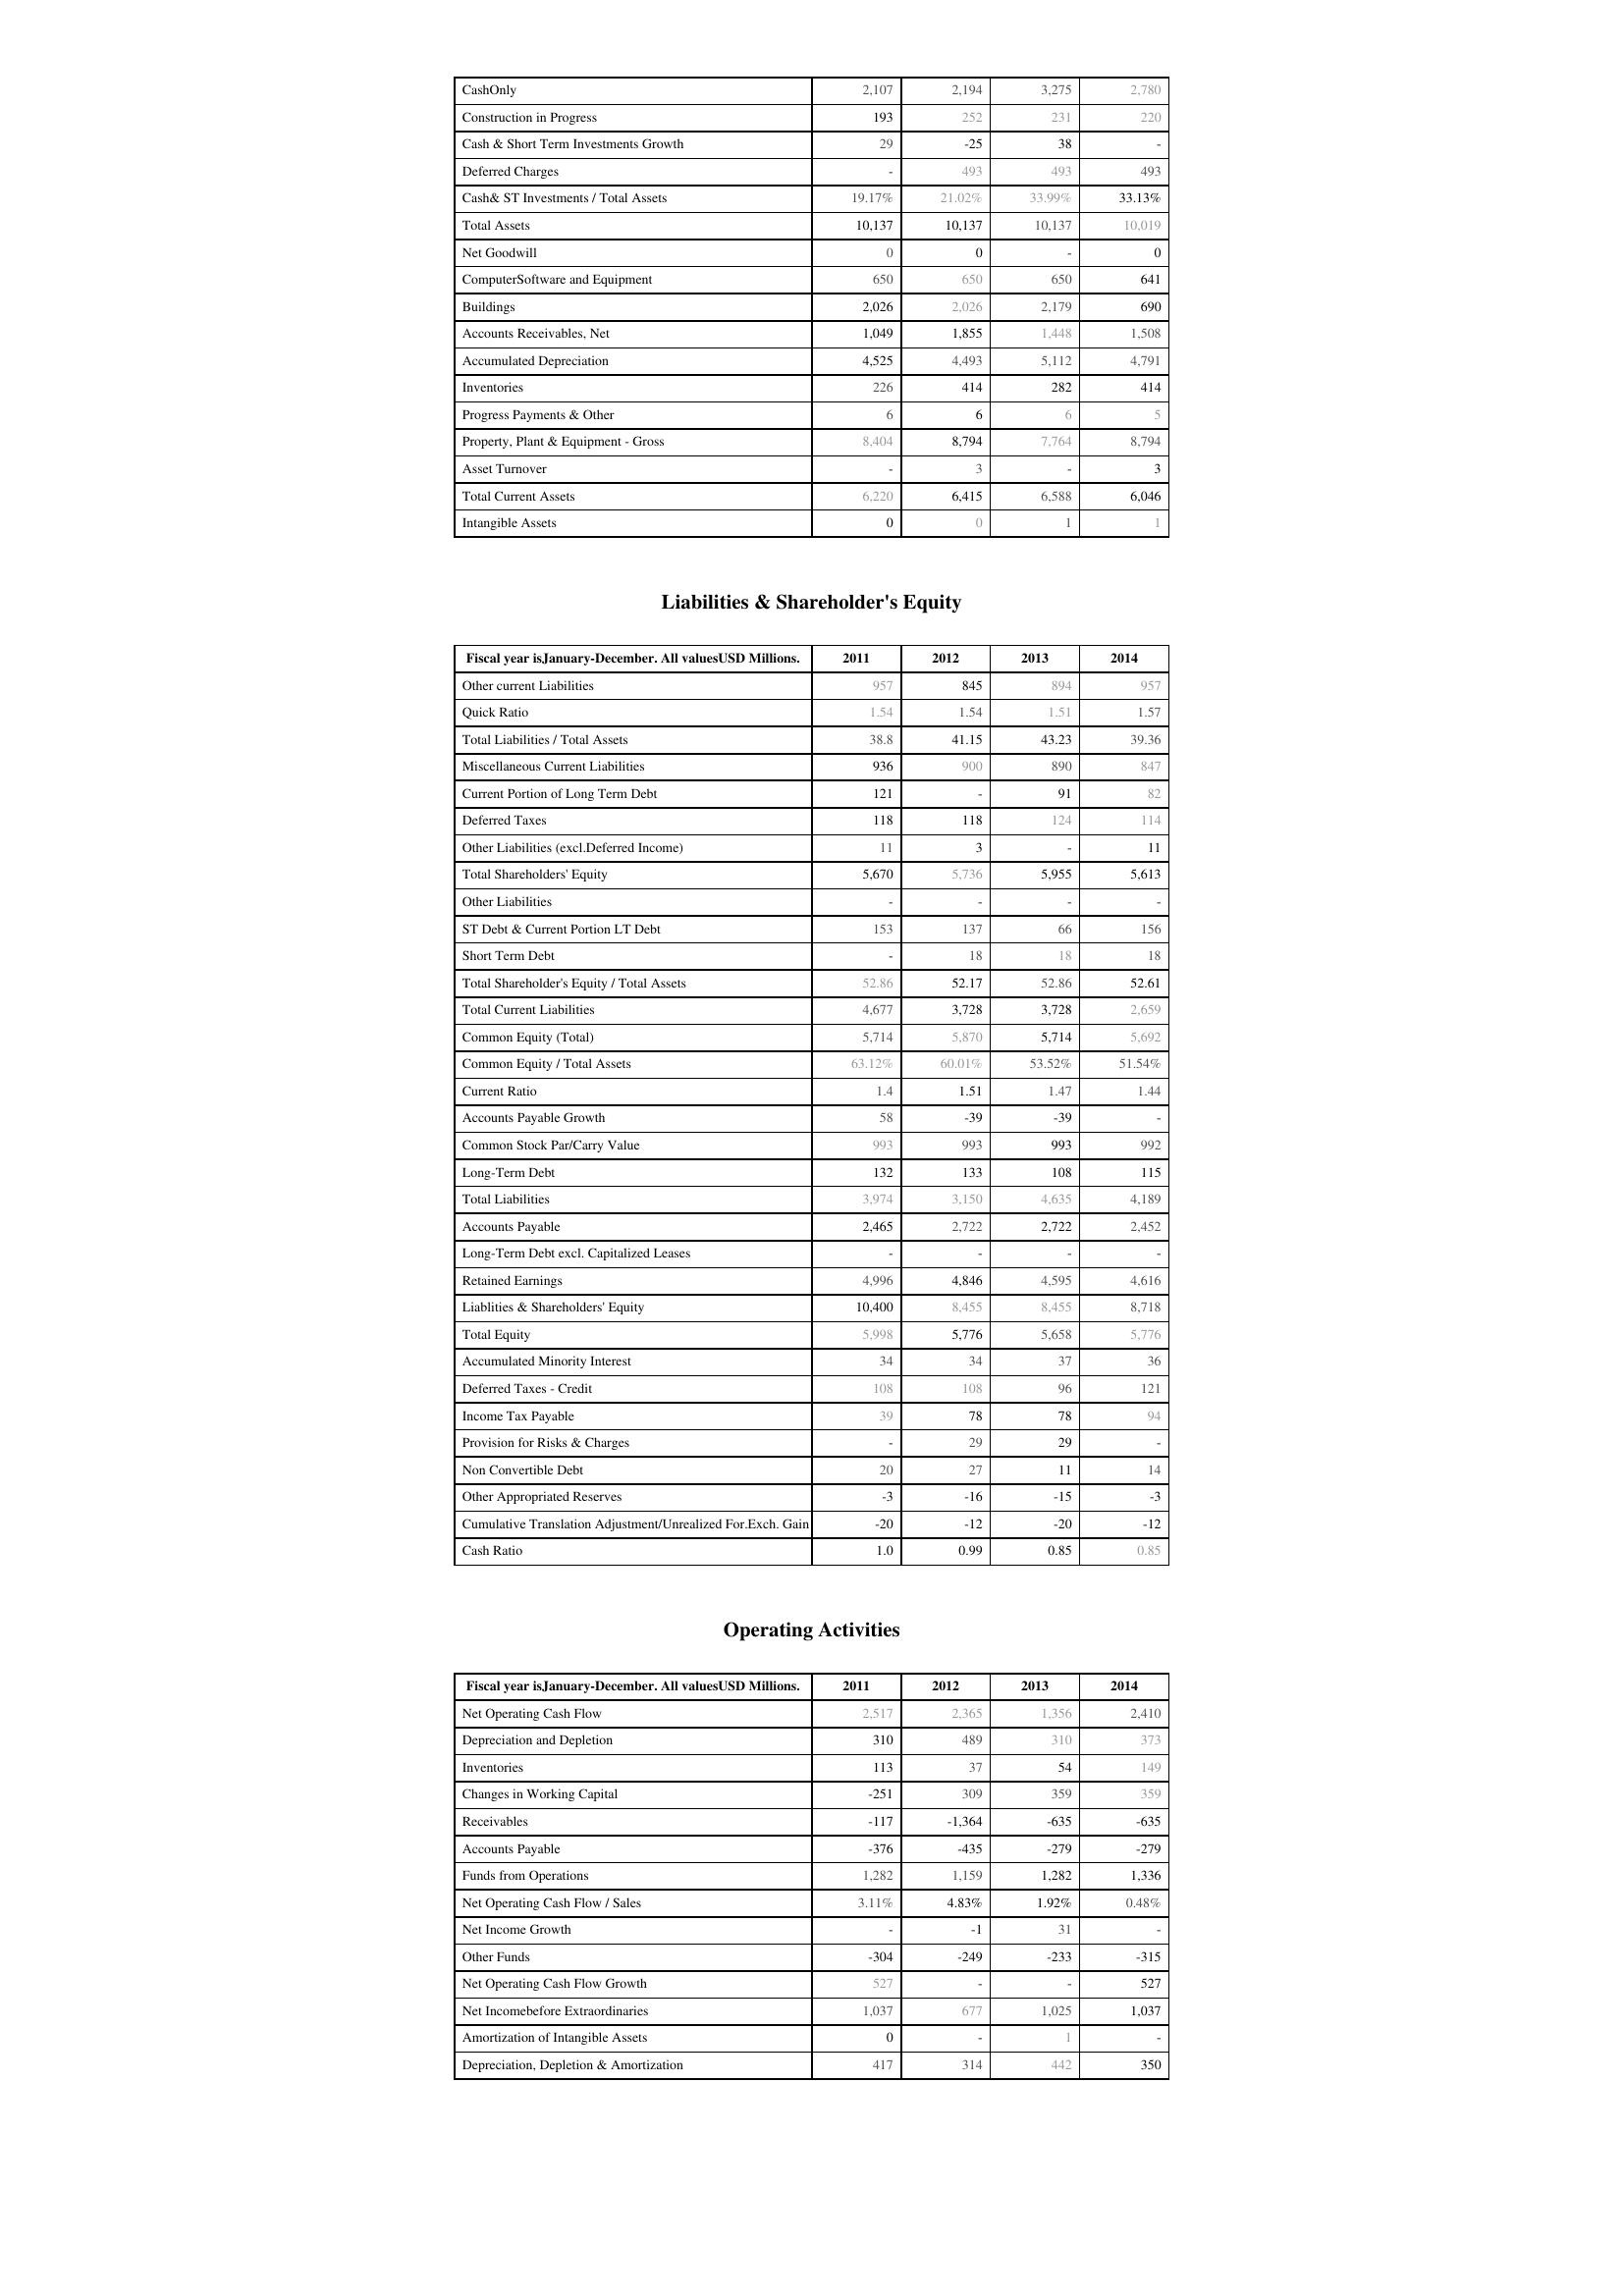
2011: Assets: CashOnly: 2,107
Construction in Progress: 193
Cash & Short Term Investments Growth: 29
Deferred Charges: -
Cash& ST Investments / Total Assets: 19.17%
Total Assets: 10,137
Net Goodwill: 0
ComputerSoftware and Equipment: 650
Buildings: 2,026
Accounts Receivables, Net: 1,049
Accumulated Depreciation: 4,525
Inventories: 226
Progress Payments & Other: 6
Property, Plant & Equipment - Gross : 8,404
Asset Turnover: -
Total Current Assets: 6,220
Intangible Assets: 0
Liabilities & Shareholder's Equity: Other current Liabilities: 957
Quick Ratio: 1.54
Total Liabilities / Total Assets: 38.8
Miscellaneous Current Liabilities: 936
Current Portion of Long Term Debt: 121
Deferred Taxes: 118
Other Liabilities (excl.Deferred Income): 11
Total Shareholders' Equity: 5,670
Other Liabilities: -
ST Debt & Current Portion LT Debt: 153
Short Term Debt: -
Total Shareholder's Equity / Total Assets: 52.86
Total Current Liabilities: 4,677
Common Equity (Total): 5,714
Common Equity / Total Assets: 63.12%
Current Ratio: 1.4
Accounts Payable Growth: 58
Common Stock Par/Carry Value: 993
Long-Term Debt: 132
Total Liabilities: 3,974
Accounts Payable: 2,465
Long-Term Debt excl. Capitalized Leases: -
Retained Earnings: 4,996
Liablities & Shareholders' Equity: 10,400
Total Equity: 5,998
Accumulated Minority Interest: 34
Deferred Taxes - Credit: 108
Income Tax Payable: 39
Provision for Risks & Charges: -
Non Convertible Debt: 20
Other Appropriated Reserves: -3
Cumulative Translation Adjustment/Unrealized For.Exch. Gain: -20
Cash Ratio: 1.0
Operating Activities: Net Operating Cash Flow: 2,517
Depreciation and Depletion: 310
Inventories: 113
Changes in Working Capital: -251
Receivables: -117
Accounts Payable: -376
Funds from Operations: 1,282
Net Operating Cash Flow / Sales: 3.11%
Net Income Growth: -
Other Funds: -304
Net Operating Cash Flow Growth: 527
Net Incomebefore Extraordinaries: 1,037
Amortization of Intangible Assets: 0
Depreciation, Depletion & Amortization: 417
2012: Assets: CashOnly: 2,194
Construction in Progress: 252
Cash & Short Term Investments Growth: -25
Deferred Charges: 493
Cash& ST Investments / Total Assets: 21.02%
Total Assets: 10,137
Net Goodwill: 0
ComputerSoftware and Equipment: 650
Buildings: 2,026
Accounts Receivables, Net: 1,855
Accumulated Depreciation: 4,493
Inventories: 414
Progress Payments & Other: 6
Property, Plant & Equipment - Gross : 8,794
Asset Turnover: 3
Total Current Assets: 6,415
Intangible Assets: 0
Liabilities & Shareholder's Equity: Other current Liabilities: 845
Quick Ratio: 1.54
Total Liabilities / Total Assets: 41.15
Miscellaneous Current Liabilities: 900
Current Portion of Long Term Debt: -
Deferred Taxes: 118
Other Liabilities (excl.Deferred Income): 3
Total Shareholders' Equity: 5,736
Other Liabilities: -
ST Debt & Current Portion LT Debt: 137
Short Term Debt: 18
Total Shareholder's Equity / Total Assets: 52.17
Total Current Liabilities: 3,728
Common Equity (Total): 5,870
Common Equity / Total Assets: 60.01%
Current Ratio: 1.51
Accounts Payable Growth: -39
Common Stock Par/Carry Value: 993
Long-Term Debt: 133
Total Liabilities: 3,150
Accounts Payable: 2,722
Long-Term Debt excl. Capitalized Leases: -
Retained Earnings: 4,846
Liablities & Shareholders' Equity: 8,455
Total Equity: 5,776
Accumulated Minority Interest: 34
Deferred Taxes - Credit: 108
Income Tax Payable: 78
Provision for Risks & Charges: 29
Non Convertible Debt: 27
Other Appropriated Reserves: -16
Cumulative Translation Adjustment/Unrealized For.Exch. Gain: -12
Cash Ratio: 0.99
Operating Activities: Net Operating Cash Flow: 2,365
Depreciation and Depletion: 489
Inventories: 37
Changes in Working Capital: 309
Receivables: -1,364
Accounts Payable: -435
Funds from Operations: 1,159
Net Operating Cash Flow / Sales: 4.83%
Net Income Growth: -1
Other Funds: -249
Net Operating Cash Flow Growth: -
Net Incomebefore Extraordinaries: 677
Amortization of Intangible Assets: -
Depreciation, Depletion & Amortization: 314
2013: Assets: CashOnly: 3,275
Construction in Progress: 231
Cash & Short Term Investments Growth: 38
Deferred Charges: 493
Cash& ST Investments / Total Assets: 33.99%
Total Assets: 10,137
Net Goodwill: -
ComputerSoftware and Equipment: 650
Buildings: 2,179
Accounts Receivables, Net: 1,448
Accumulated Depreciation: 5,112
Inventories: 282
Progress Payments & Other: 6
Property, Plant & Equipment - Gross : 7,764
Asset Turnover: -
Total Current Assets: 6,588
Intangible Assets: 1
Liabilities & Shareholder's Equity: Other current Liabilities: 894
Quick Ratio: 1.51
Total Liabilities / Total Assets: 43.23
Miscellaneous Current Liabilities: 890
Current Portion of Long Term Debt: 91
Deferred Taxes: 124
Other Liabilities (excl.Deferred Income): -
Total Shareholders' Equity: 5,955
Other Liabilities: -
ST Debt & Current Portion LT Debt: 66
Short Term Debt: 18
Total Shareholder's Equity / Total Assets: 52.86
Total Current Liabilities: 3,728
Common Equity (Total): 5,714
Common Equity / Total Assets: 53.52%
Current Ratio: 1.47
Accounts Payable Growth: -39
Common Stock Par/Carry Value: 993
Long-Term Debt: 108
Total Liabilities: 4,635
Accounts Payable: 2,722
Long-Term Debt excl. Capitalized Leases: -
Retained Earnings: 4,595
Liablities & Shareholders' Equity: 8,455
Total Equity: 5,658
Accumulated Minority Interest: 37
Deferred Taxes - Credit: 96
Income Tax Payable: 78
Provision for Risks & Charges: 29
Non Convertible Debt: 11
Other Appropriated Reserves: -15
Cumulative Translation Adjustment/Unrealized For.Exch. Gain: -20
Cash Ratio: 0.85
Operating Activities: Net Operating Cash Flow: 1,356
Depreciation and Depletion: 310
Inventories: 54
Changes in Working Capital: 359
Receivables: -635
Accounts Payable: -279
Funds from Operations: 1,282
Net Operating Cash Flow / Sales: 1.92%
Net Income Growth: 31
Other Funds: -233
Net Operating Cash Flow Growth: -
Net Incomebefore Extraordinaries: 1,025
Amortization of Intangible Assets: 1
Depreciation, Depletion & Amortization: 442
2014: Assets: CashOnly: 2,780
Construction in Progress: 220
Cash & Short Term Investments Growth: -
Deferred Charges: 493
Cash& ST Investments / Total Assets: 33.13%
Total Assets: 10,019
Net Goodwill: 0
ComputerSoftware and Equipment: 641
Buildings: 690
Accounts Receivables, Net: 1,508
Accumulated Depreciation: 4,791
Inventories: 414
Progress Payments & Other: 5
Property, Plant & Equipment - Gross : 8,794
Asset Turnover: 3
Total Current Assets: 6,046
Intangible Assets: 1
Liabilities & Shareholder's Equity: Other current Liabilities: 957
Quick Ratio: 1.57
Total Liabilities / Total Assets: 39.36
Miscellaneous Current Liabilities: 847
Current Portion of Long Term Debt: 82
Deferred Taxes: 114
Other Liabilities (excl.Deferred Income): 11
Total Shareholders' Equity: 5,613
Other Liabilities: -
ST Debt & Current Portion LT Debt: 156
Short Term Debt: 18
Total Shareholder's Equity / Total Assets: 52.61
Total Current Liabilities: 2,659
Common Equity (Total): 5,692
Common Equity / Total Assets: 51.54%
Current Ratio: 1.44
Accounts Payable Growth: -
Common Stock Par/Carry Value: 992
Long-Term Debt: 115
Total Liabilities: 4,189
Accounts Payable: 2,452
Long-Term Debt excl. Capitalized Leases: -
Retained Earnings: 4,616
Liablities & Shareholders' Equity: 8,718
Total Equity: 5,776
Accumulated Minority Interest: 36
Deferred Taxes - Credit: 121
Income Tax Payable: 94
Provision for Risks & Charges: -
Non Convertible Debt: 14
Other Appropriated Reserves: -3
Cumulative Translation Adjustment/Unrealized For.Exch. Gain: -12
Cash Ratio: 0.85
Operating Activities: Net Operating Cash Flow: 2,410
Depreciation and Depletion: 373
Inventories: 149
Changes in Working Capital: 359
Receivables: -635
Accounts Payable: -279
Funds from Operations: 1,336
Net Operating Cash Flow / Sales: 0.48%
Net Income Growth: -
Other Funds: -315
Net Operating Cash Flow Growth: 527
Net Incomebefore Extraordinaries: 1,037
Amortization of Intangible Assets: -
Depreciation, Depletion & Amortization: 350